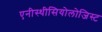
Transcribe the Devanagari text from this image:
एनीस्थीसियोलोजिस्ट